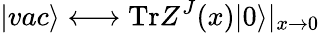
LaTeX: |vac\rangle\longleftrightarrow\mathrm{Tr}Z^{J}(x)|0\rangle|_{x\to 0}